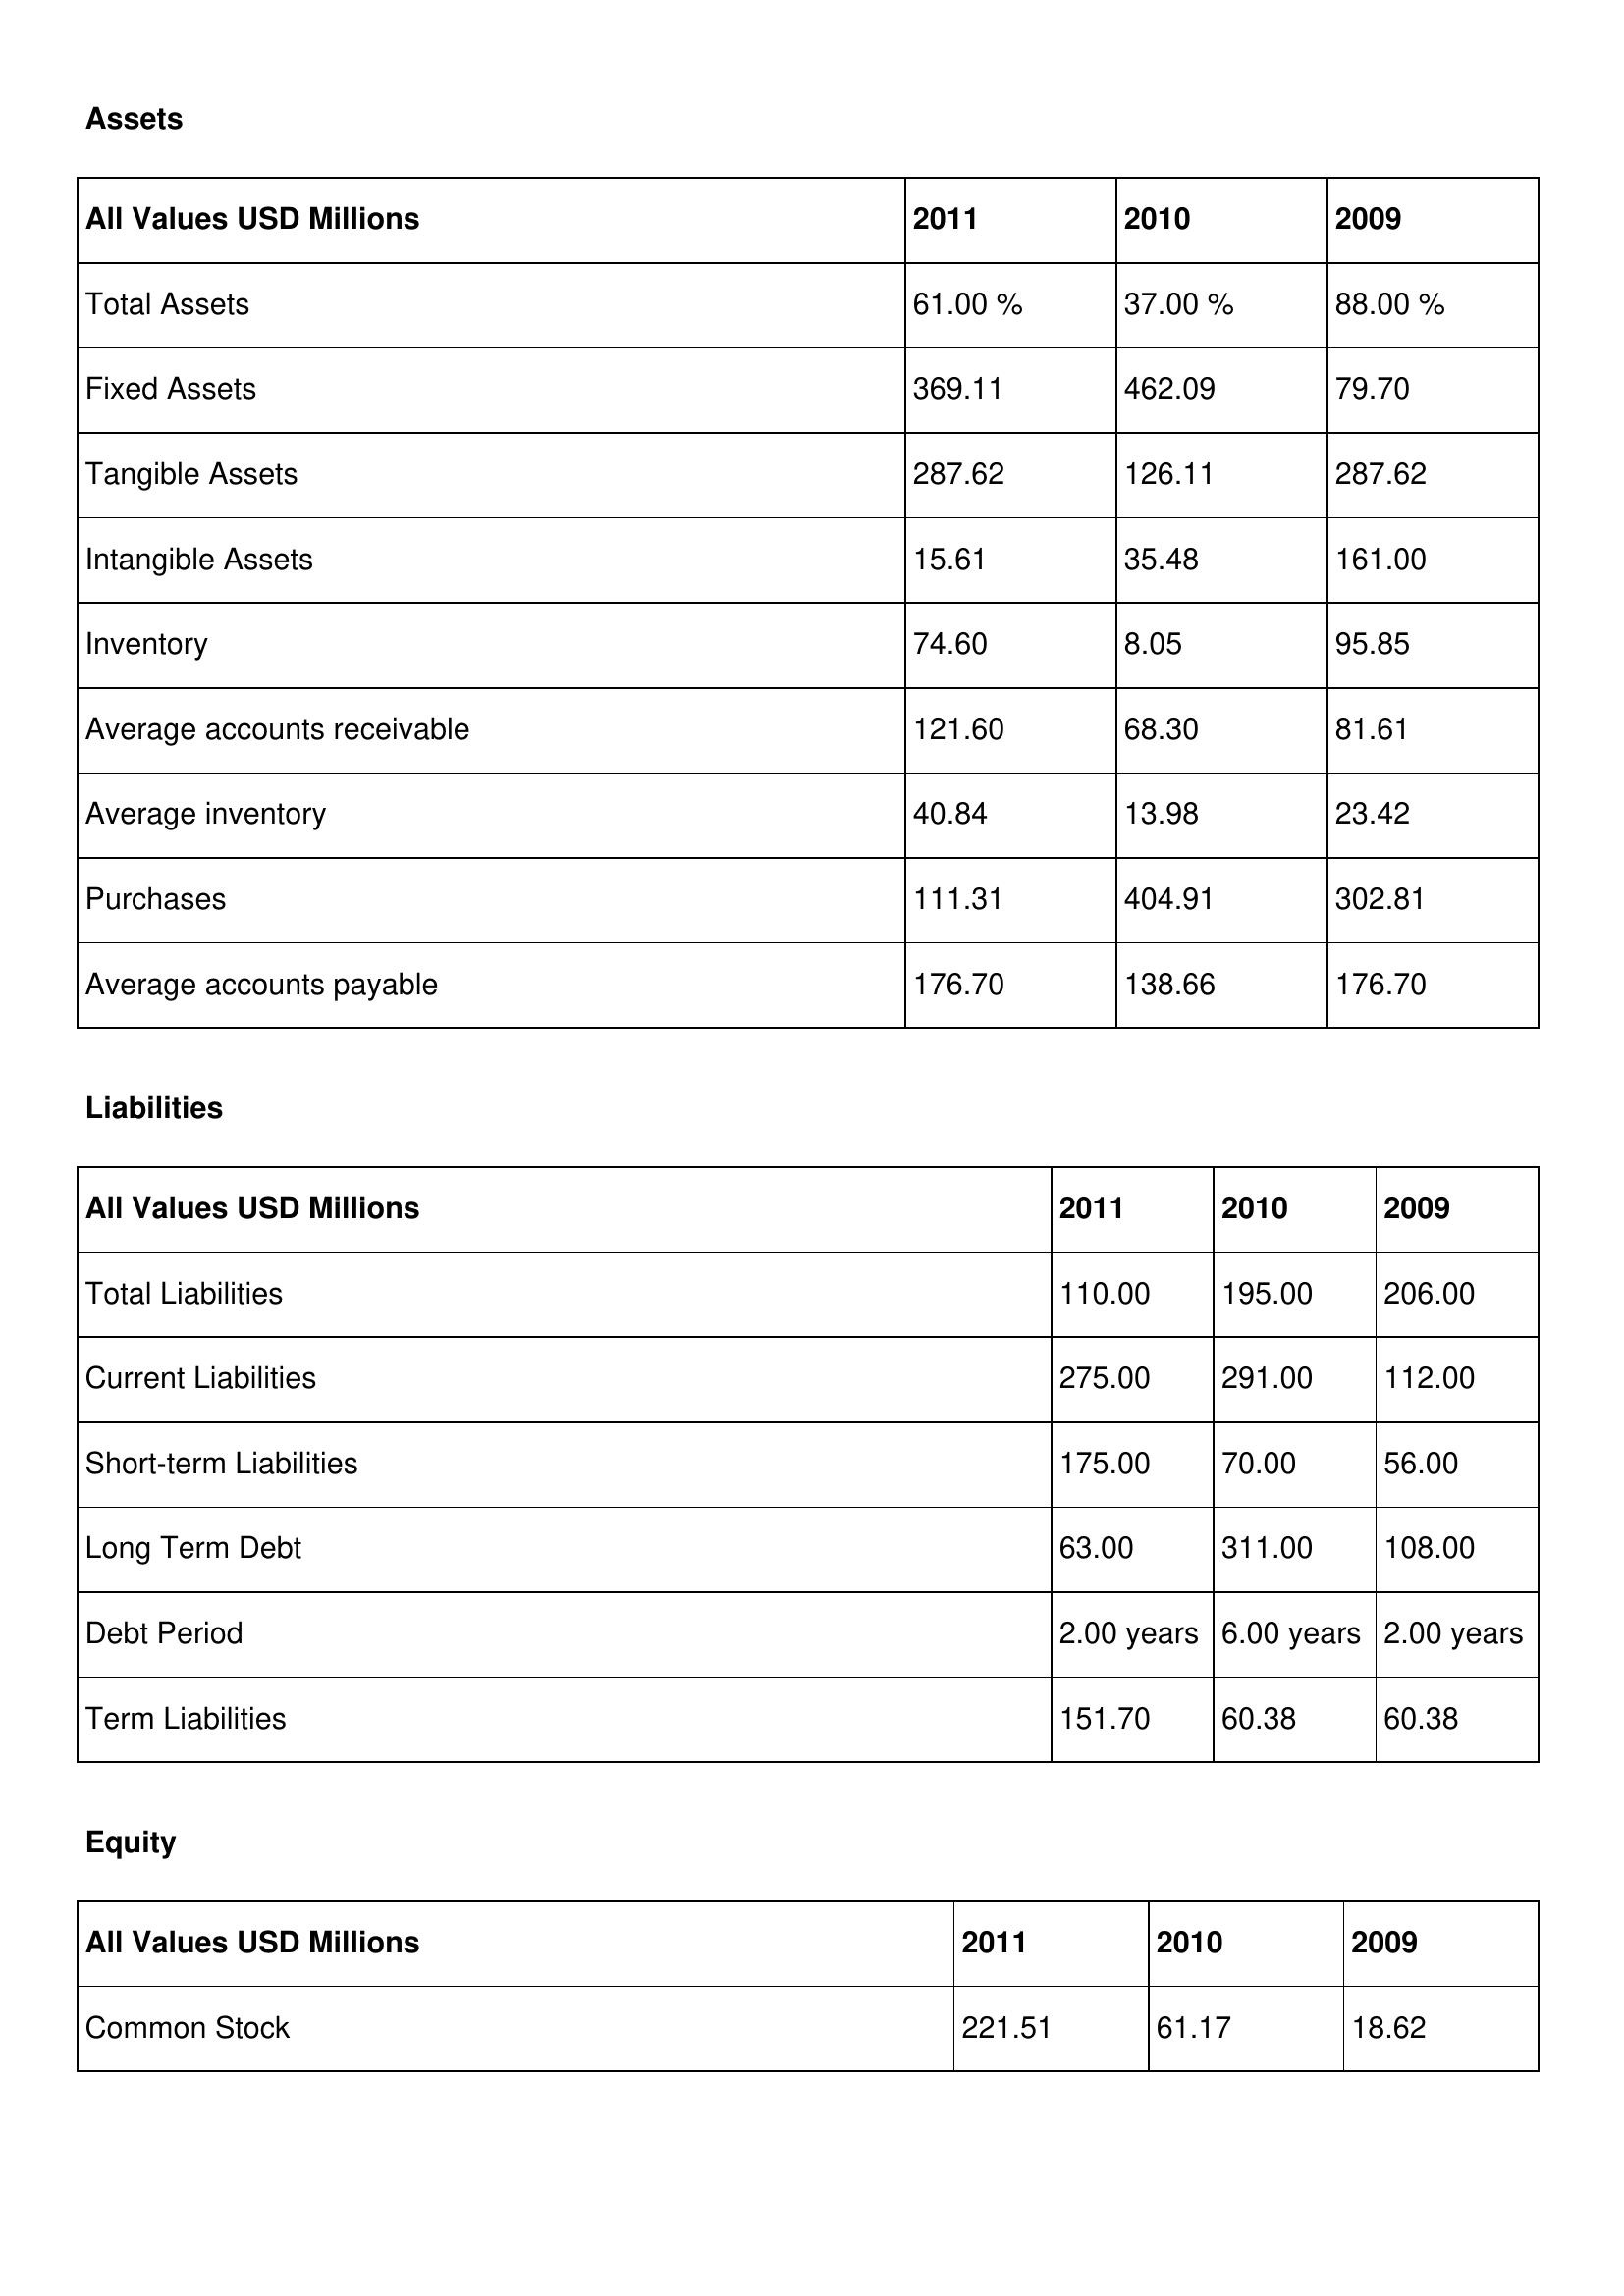
gt_parse: 2011: Assets: Total Assets: 61.00 %
Fixed Assets: 369.11
Tangible Assets: 287.62
Intangible Assets: 15.61
Inventory: 74.60
Average accounts receivable: 121.60
Average inventory: 40.84
Purchases: 111.31
Average accounts payable: 176.70
Liabilities: Total Liabilities: 110.00
Current Liabilities: 275.00
Short-term Liabilities: 175.00
Long Term Debt: 63.00
Debt Period: 2.00 years
Term Liabilities: 151.70
Equity: Common Stock: 221.51
2010: Assets: Total Assets: 37.00 %
Fixed Assets: 462.09
Tangible Assets: 126.11
Intangible Assets: 35.48
Inventory: 8.05
Average accounts receivable: 68.30
Average inventory: 13.98
Purchases: 404.91
Average accounts payable: 138.66
Liabilities: Total Liabilities: 195.00
Current Liabilities: 291.00
Short-term Liabilities: 70.00
Long Term Debt: 311.00
Debt Period: 6.00 years
Term Liabilities: 60.38
Equity: Common Stock: 61.17
2009: Assets: Total Assets: 88.00 %
Fixed Assets: 79.70
Tangible Assets: 287.62
Intangible Assets: 161.00
Inventory: 95.85
Average accounts receivable: 81.61
Average inventory: 23.42
Purchases: 302.81
Average accounts payable: 176.70
Liabilities: Total Liabilities: 206.00
Current Liabilities: 112.00
Short-term Liabilities: 56.00
Long Term Debt: 108.00
Debt Period: 2.00 years
Term Liabilities: 60.38
Equity: Common Stock: 18.62